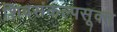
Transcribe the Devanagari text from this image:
शिवसंकल्पसूक्त